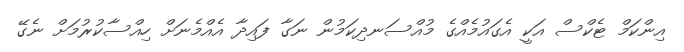
އިންކަމް ޓެކްސް އަކީ އެގައުމެއްގެ މުއްސަނދިކަމުން ނަގާ ފައިދާ އެއްމެނަށް ހިއްސާކުރުމަށް ނެގޭ